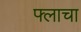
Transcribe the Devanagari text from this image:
फ्लाचा